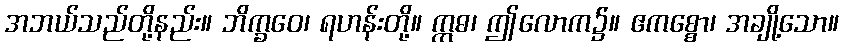
အဘယ်သည်တို့နည်း။ ဘိက္ခဝေ၊ ရဟန်းတို့။ ဣဓ၊ ဤလောက၌။ ဧကစ္စော၊ အချို့သော။